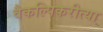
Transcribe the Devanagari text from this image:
वैकल्पिकरीत्या